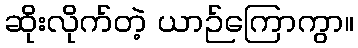
ဆိုးလိုက်တဲ့ ယာဉ်ကြောကွာ။